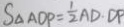
S _ { \Delta A O P } = \frac { 1 } { 2 } A D \cdot D P